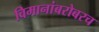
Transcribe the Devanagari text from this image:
विमानांबरोबरच